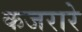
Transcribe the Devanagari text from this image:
कजरारे